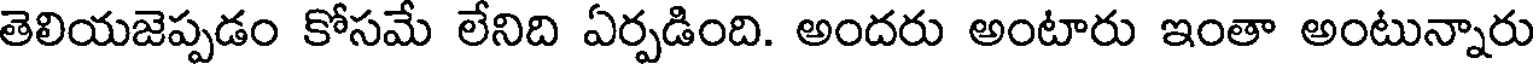
తెలియజెప్పడం కోసమే లేనిది ఏర్పడింది. అందరు అంటారు ఇంతా అంటున్నారు